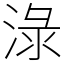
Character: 淥